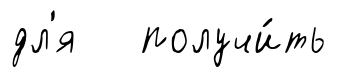
дл'я получи́ть